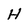
Character: H